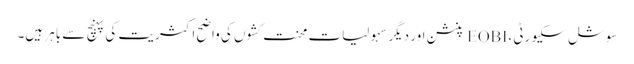
سوشل سکیورٹی ، EOBI پنشن اور دیگر سہولیات محنت کشوں کی واضح اکثریت کی پہنچ سے باہر ہیں۔